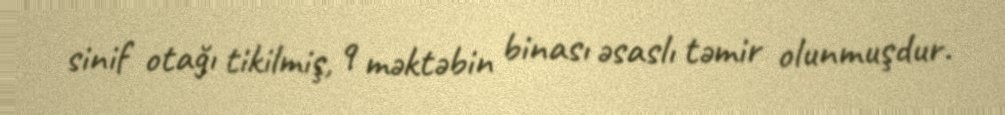
sinif otağı tikilmiş, 9 məktəbin binası əsaslı təmir olunmuşdur.